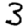
Digit: 3